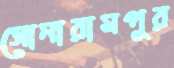
সোনারামপুর